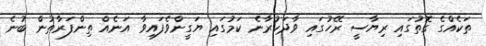
ތަކެއްގެ ގޮތުގައި ރިޔާސީ ރޭހުގައި ވާދަކުރާނެ ކަމުގައި ޔަގީންވެފައިވާ އަނެއް ތިންފަރާތުން ބުނެ